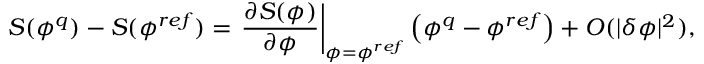
{ S } ( \phi ^ { q } ) - { S } ( \phi ^ { r e f } ) = \left. \frac { \partial { S } ( \phi ) } { \partial \phi } \right\rvert _ { \phi = \phi ^ { r e f } } \left( \phi ^ { q } - \phi ^ { r e f } \right) + { \cal O } ( \lvert \delta \phi \rvert ^ { 2 } ) ,